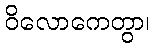
ဝိလောကေတွာ၊